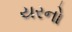
યરનો